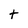
Character: t